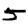
Digit: 5